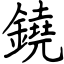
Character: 鐃